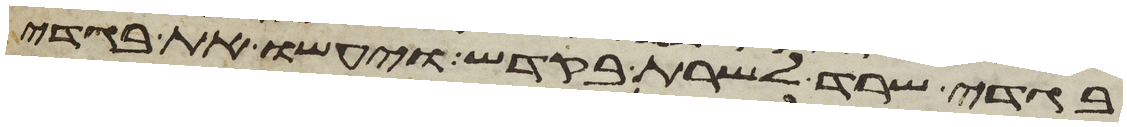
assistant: בגדי שרד לשרת בקדש ויעשו את בגדי